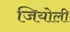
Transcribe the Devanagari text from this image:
जियोली